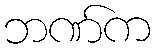
ဘဏ်က